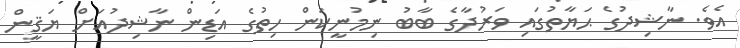
އެވެ. ނާޝިދުގެ ޙަޔާތުގައި ވަރުދާގެ ބާބު ނިމުނީކަން ހިތުގެ އަޑިން ނާޝިދުއަށް ޔަޤީން